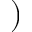
)